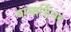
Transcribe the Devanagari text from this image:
बम्बार्डियर